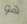
هو